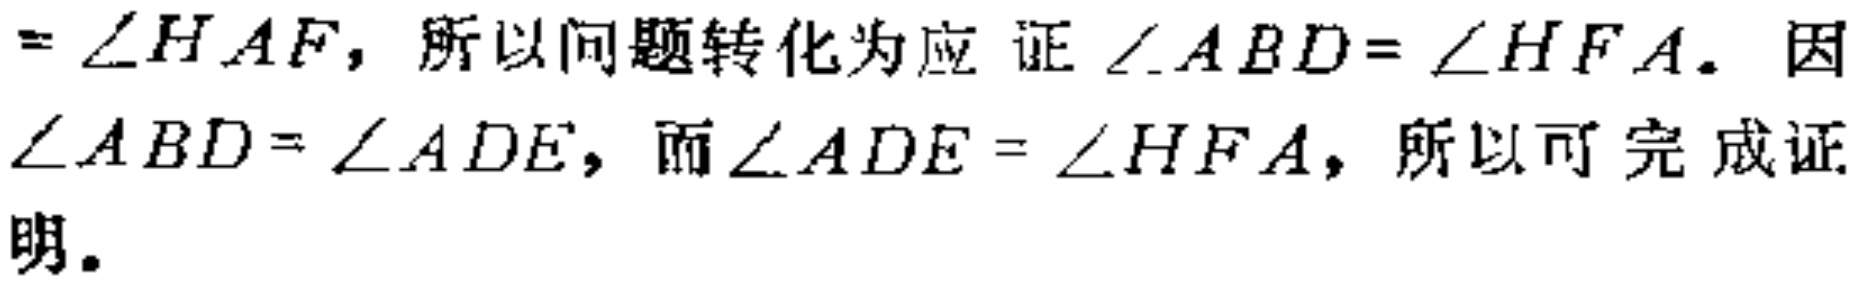
$= \angle HAF$，所以问题转化为应证$\angle ABD = \angle HFA$。因$\angle ABD = \angle ADE$，而$\angle ADE = \angle HFA$，所以可完成证明。